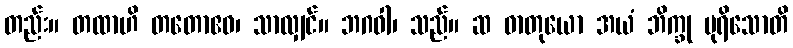
တည်း။ တထာဟိ တတောဧဝ၊ သာလျှင်။ ဘဂဝါ၊ သည်။ ဆ ဓာတုယော အယံ ဘိက္ခု ပုရိသောတိ